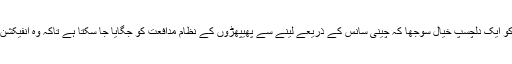
لیکن تحقیق کاروں کو ایک دلچسپ خیال سوجھا کہ چینی سانس کے ذریعے لینے سے پھیپھڑوں کے نظام مدافعت کو جگایا جا سکتا ہے تاکہ وہ انفیکشن کا مقابلہ کر سکے۔